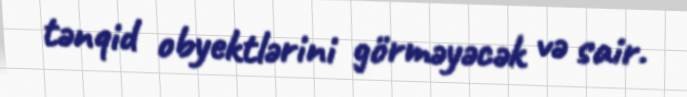
tənqid obyektlərini görməyəcək və sair.